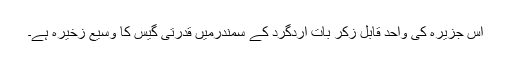
اس جزیرہ کی واحد قابل زکر بات اردگرد کے سمندرمیں قدرتی گیس کا وسیع زخیرہ ہے۔